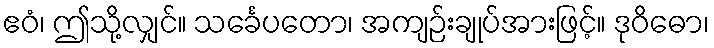
ဧဝံ၊ ဤသို့လျှင်။ သင်္ခေပတော၊ အကျဉ်းချုပ်အားဖြင့်။ ဒုဝိဓော၊